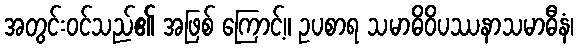
အတွင်းဝင်သည်၏ အဖြစ် ကြောင့်။ ဥပစာရ သမာဓိဝိပဿနာသမာဓီနံ၊